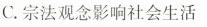
C.宗法观念影响社会生活